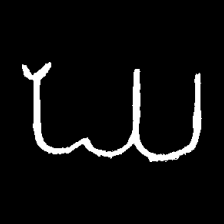
Pyu character \u2014 Myanmar letter: ဃ (romanized: gha)